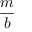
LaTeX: \frac { m } { b }